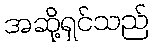
အဆို့ရှင်သည်